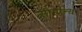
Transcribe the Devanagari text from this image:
सीमान्य